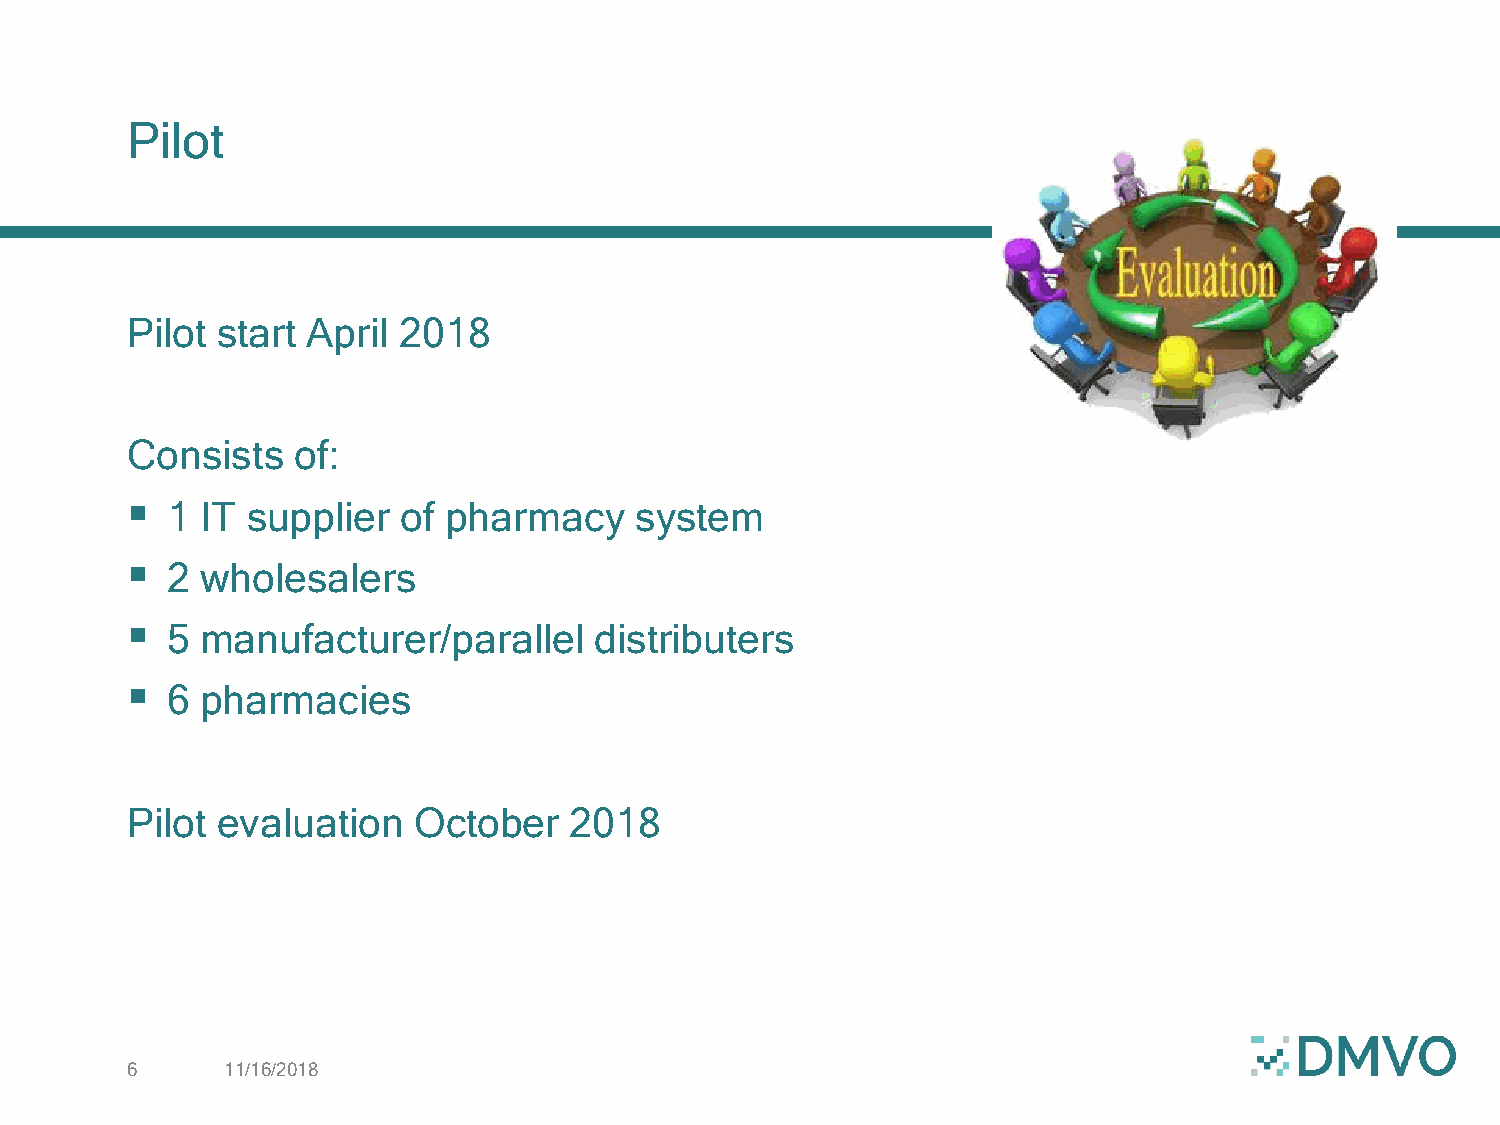
Pilot
 Pilot start April 2018
 Consists   of:
 
 1 IT supplier   of pharmacy    system
 
 2 wholesalers
 
 5 manufacturer/parallel     distributers
 
 6 pharmacies
 Pilot evaluation   October    2018
 6      11/16/2018